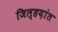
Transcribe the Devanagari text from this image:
जिल्हय़ांत